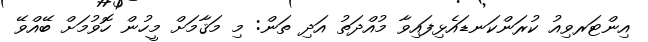
އިންޓަރވިއު ކުރަންކަނޑައެޅިފައިވާ މުއްދަތު އަދި ތަން: މި މަޤާމަށް މީހުން ހޮވުމަށް ބޭއްވޭ